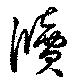
牘